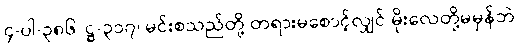
၄-ပါ-၃၈၆၊ ဋ္ဌ-၃၁၇၊ မင်းစသည်တို့ တရားမစောင့်လျှင် မိုးလေတို့မမှန်ဘဲ